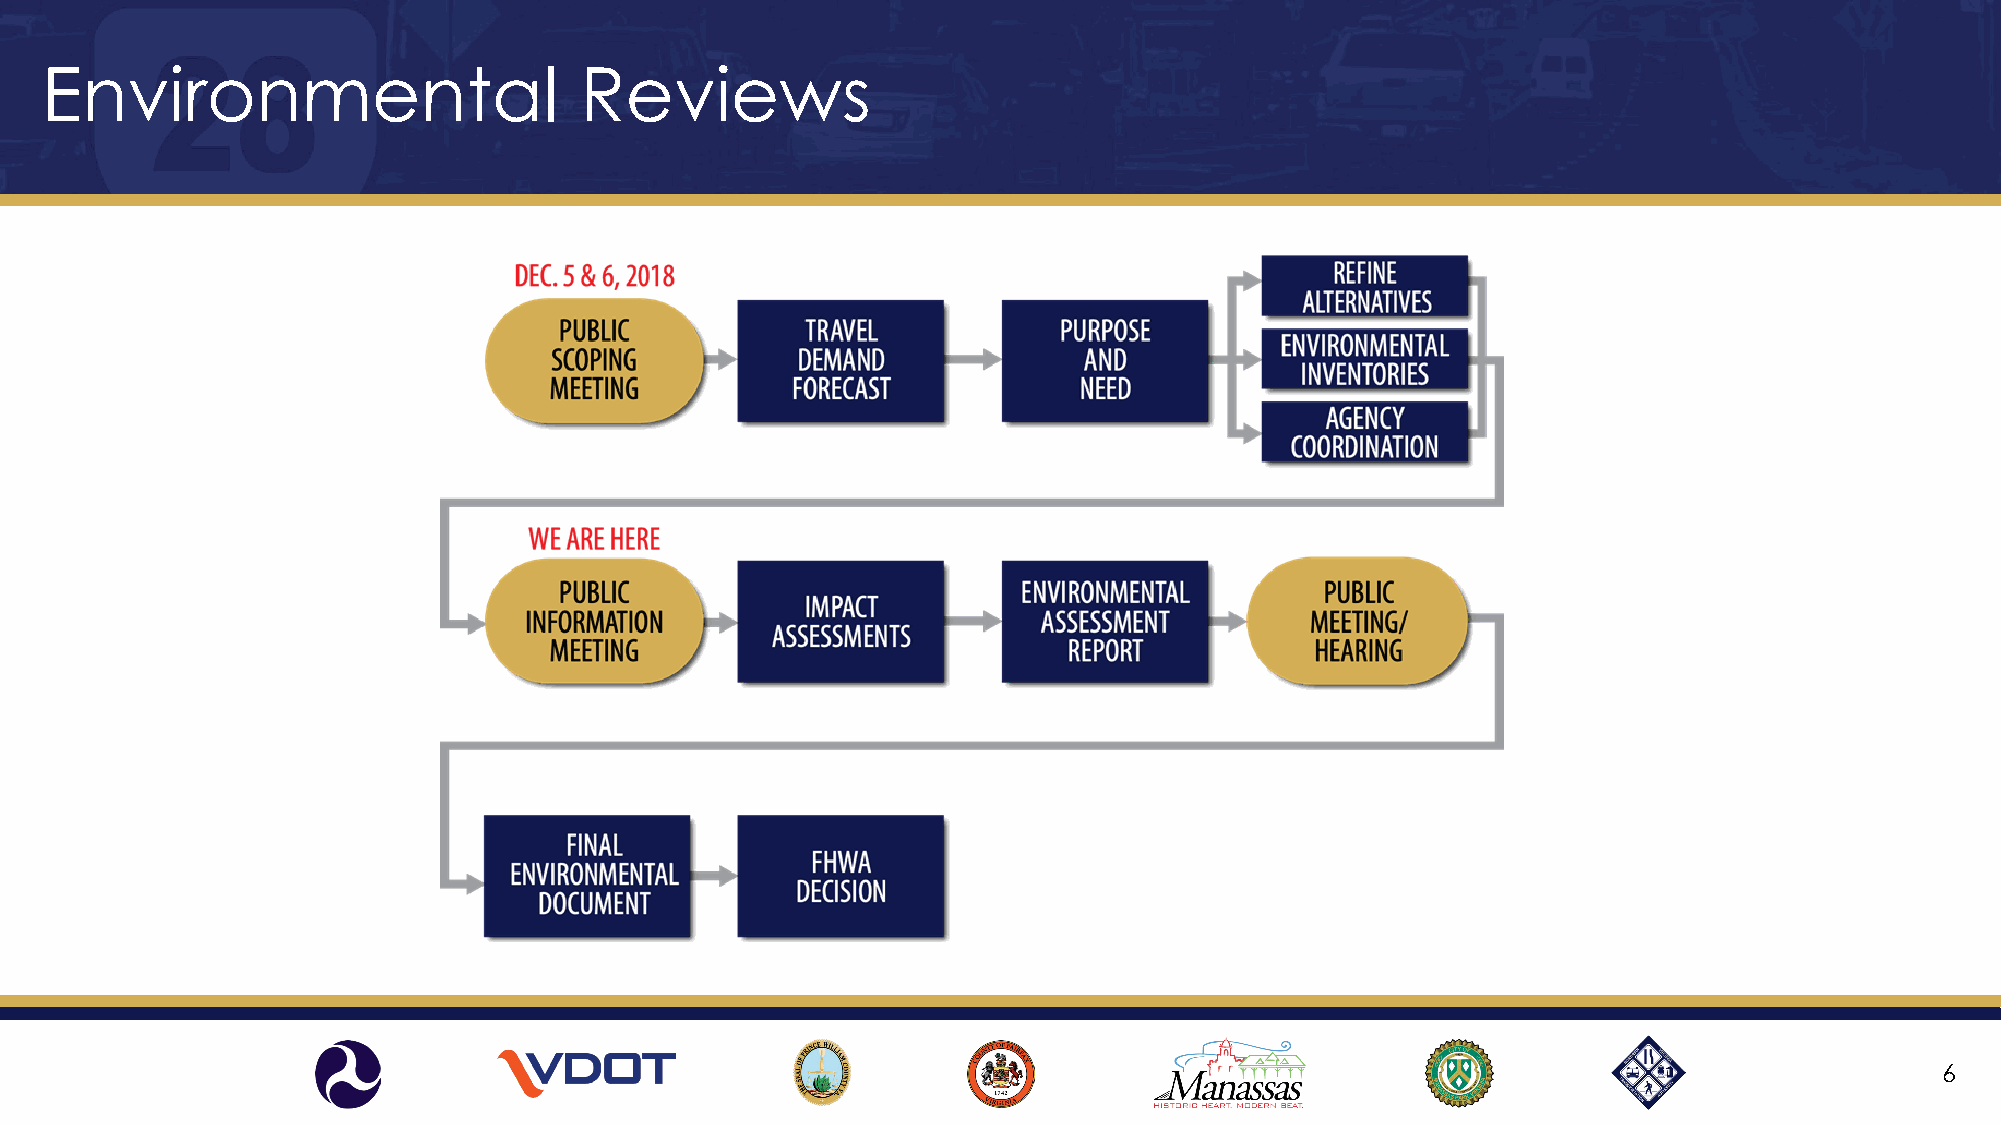
Environmental                      Reviews
 6